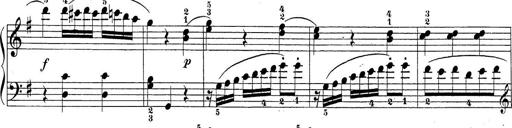
Title: Sonatina Album
Composer: Louis KÃ¶hler